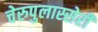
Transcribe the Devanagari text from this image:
चेरुपुलास्सेरी